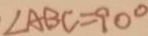
\angle A B C = 9 0 ^ { \circ }